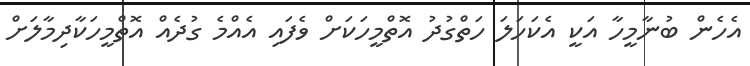
އެހެން ބުނާމީހާ އަކީ އެކަހަލަ ހަތްގުދު އޮތްމީހަކަށް ވެފައި އެއްމެ ގުދެއް އޮތްމީހަކާދިމާލަށް